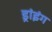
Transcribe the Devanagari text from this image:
ड्रांइंग